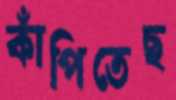
কাঁপিতেছ